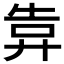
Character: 𢍎